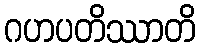
ဂဟပတိဿာတိ